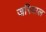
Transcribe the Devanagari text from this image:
जरियाल